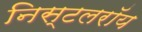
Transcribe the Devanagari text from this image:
निस्टलरॉय